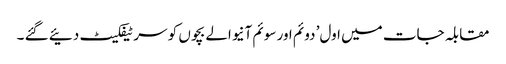
مقابلہ جات میں اول’ دوئم اور سوئم آنیوالے بچوں کو سرٹیفکیٹ دئیے گئے ۔